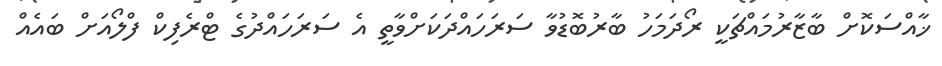
ޚާއްސަކޮށް ބާޒާރުމައްޗަކީ ރޯދަމަހު ބާރުބޮޑުވާ ސަރަހައްދަކަށްވާތީ އެ ސަރަހައްދުގެ ޓްރެފިކް ފްލޯއަށް ބައެއް